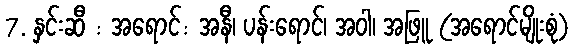
7. နှင်းဆီ : အရောင်: အနီ၊ ပန်းရောင်၊ အဝါ၊ အဖြူ (အရောင်မျိုးစုံ)